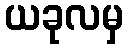
ယခုလမှ